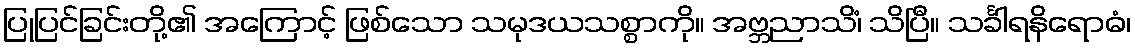
ပြုပြင်ခြင်းတို့၏ အကြောင့် ဖြစ်သော သမုဒယသစ္စာကို။ အဗ္ဘညာသိံ၊ သိပြီ။ သင်္ခါရနိရောဓံ၊